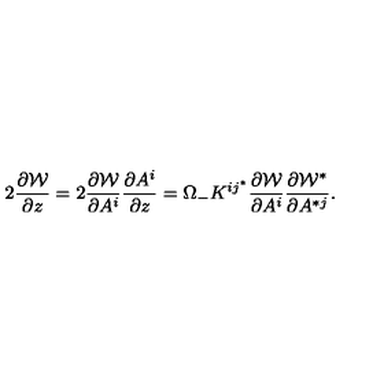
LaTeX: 2 { \frac { \partial { \cal W } } { \partial z } } = 2 { \frac { \partial { \cal W } } { \partial A ^ { i } } } { \frac { \partial A ^ { i } } { \partial z } } = \Omega _ { - } K ^ { i j ^ { * } } { \frac { \partial { \cal W } } { \partial A ^ { i } } } \frac { \partial { \cal W } ^ { * } } { \partial A ^ { * j } } .